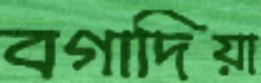
বগাদিয়া